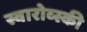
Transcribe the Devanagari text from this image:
स्वारोव्स्की